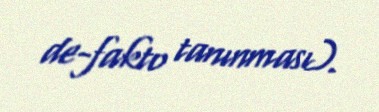
de-fakto tanınması).